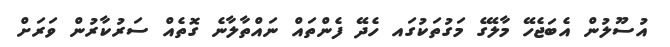
އުސޫލުން އެބަޖެހޭ މާލޭގެ މަގުތަކުގައ ހެދޭ ފެންތައް ނައްތާލާނެ ގޮތެއް ސަރުކާރުން ވަރަށް